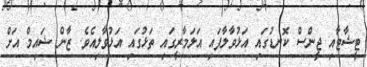
ޓީޝާޓާއި ޖީންސް ކޮނޑުގައި އަޅުވާލާފައި އަލަމާރީގައި ތަޅުގައި އަޅުވާލިއެވެ. ޒާން ޝައިމް އަށް